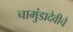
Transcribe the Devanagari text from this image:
चामुंडादेवीचे